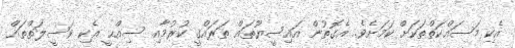
އެކި މަސައްކަތްތަކަށް ކަމަށެވެ. އެގޮތުން އައިސީޔޫތައް ތަރައްޤީ ކުރުމާއި ސިއްޙީ އެކި ވަސީލަތްތައް